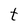
Character: t